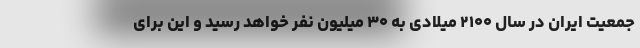
جمعیت ایران در سال ۲۱۰۰ میلادی به ۳۰ میلیون نفر خواهد رسید و این برای